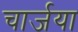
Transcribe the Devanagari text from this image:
चार्जया